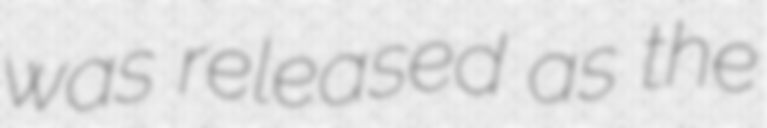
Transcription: was released as the